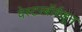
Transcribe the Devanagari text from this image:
वेस्टरबॉर्कहून